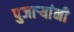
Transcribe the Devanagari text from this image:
पुजाऱ्यांनी